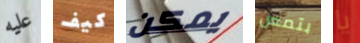
عليه كيف يمكن بتمعن يا